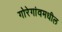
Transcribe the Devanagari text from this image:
गोरेगांवमधील